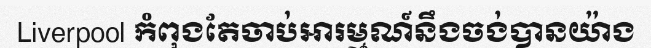
Liverpool កំពុងតែចាប់អារម្មណ៍នឹងចង់បានយ៉ាង